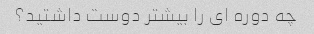
چه دوره ای را بیشتر دوست داشتید؟